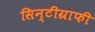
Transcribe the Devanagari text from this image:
सिन्टीग्राफी